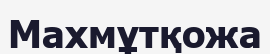
Махмұтқожа